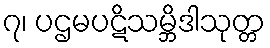
၇၊ ပဌမပဋိသမ္ဘိဒါသုတ္တ